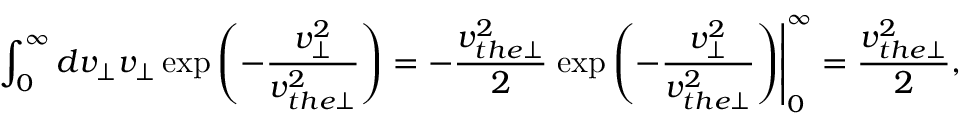
\int _ { 0 } ^ { \infty } d v _ { \perp } v _ { \perp } \exp \left( - \frac { v _ { \perp } ^ { 2 } } { v _ { t h e \perp } ^ { 2 } } \right) = - \frac { v _ { t h e \perp } ^ { 2 } } { 2 } \left. \exp \left( - \frac { v _ { \perp } ^ { 2 } } { v _ { t h e \perp } ^ { 2 } } \right) \right| _ { 0 } ^ { \infty } = \frac { v _ { t h e \perp } ^ { 2 } } { 2 } ,